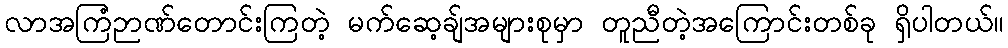
လာအကြံဉာဏ်တောင်းကြတဲ့ မက်ဆေ့ချ်အများစုမှာ တူညီတဲ့အကြောင်းတစ်ခု ရှိပါတယ်။